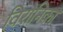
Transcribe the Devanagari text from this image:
विरोनिका